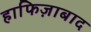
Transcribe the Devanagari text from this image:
हाफिज़ाबाद